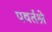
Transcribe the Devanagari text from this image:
पवर्तश्रे